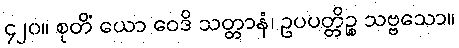
၄၂၀။ စုတိံ ယော ဝေဒိ သတ္တာနံ၊ ဥပပတ္တိဉ္စ သဗ္ဗသော။